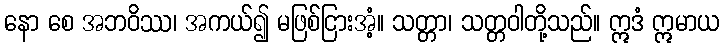
နော စေ အဘဝိဿ၊ အကယ်၍ မဖြစ်ငြားအံ့။ သတ္တာ၊ သတ္တဝါတို့သည်။ ဣဒံ ဣမာယ